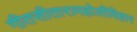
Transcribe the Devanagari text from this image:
गीतसीतारामहोलीविहार